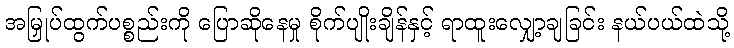
အမြှုပ်ထွက်ပစ္စည်းကို ပြောဆိုနေမှု စိုက်ပျိုးချိန်နှင့် ရာထူးလျှော့ချခြင်း နယ်ပယ်ထဲသို့